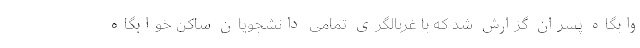
وابگاه پسران گزارش شد که با غربالگری تمامی دانشجویان ساکن خوابگاه